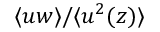
\langle u w \rangle / \langle u ^ { 2 } ( z ) \rangle